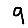
Digit: 9